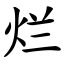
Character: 烂